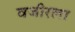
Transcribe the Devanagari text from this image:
वजीरला